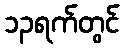
၁၃ရက်တွင်